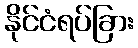
နိုင်ငံရပ်ခြား